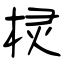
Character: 棂